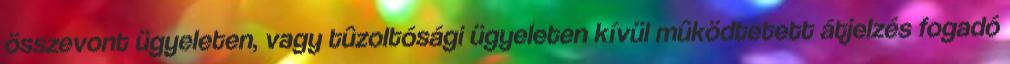
összevont ügyeleten, vagy tûzoltósági ügyeleten kívül mûködtetett átjelzés fogadó